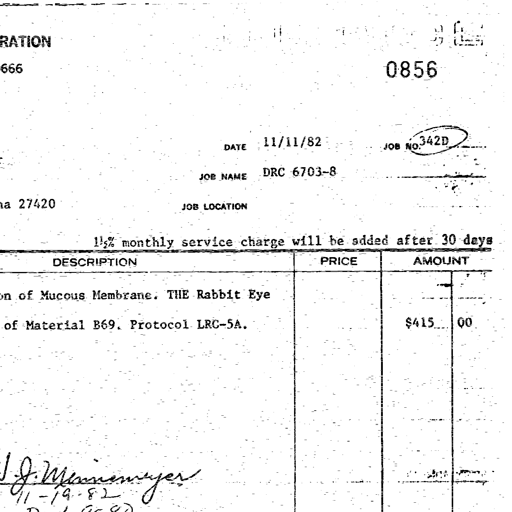
RATION
666 0856
DATE 11/11/82 JOB NO. 342D
JOB NAME DRC 6703-8
a 27420 JOB LOCATION
1½% monthly service charge will be added after 30 days
DESCRIPTION PRICE AMOUNT
on of Mucous Membrane. THE Rabbit Eye
of Material B69. Protocol LRC-5A. $415 00
J. Meinenmeyer
11-19-82